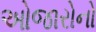
ઓજારોનો